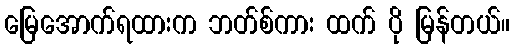
မြေအောက်ရထားက ဘတ်စ်ကား ထက် ပို မြန်တယ်။